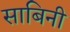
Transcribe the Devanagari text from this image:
साबिनी